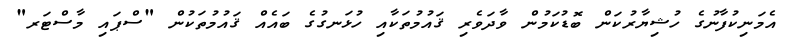
އެމަނިކުފާނުގެ ހުޝިޔާރުކަން ބޮޑުކަމުން ވާދަވެރި ޤައުމުތަކާއި ހުޅަނގުގެ ބައެއް ޤައުމުތަކުން "ސްޕައި މާސްޓަރ"